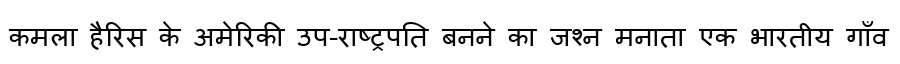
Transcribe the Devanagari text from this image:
कमला हैरिस के अमेरिकी उप-राष्ट्रपति बनने का जश्न मनाता एक भारतीय गाँव